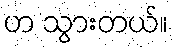
ဟ သွားတယ်။